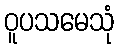
ဝူပသမေသုံ